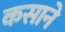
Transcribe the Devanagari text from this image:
कसाने